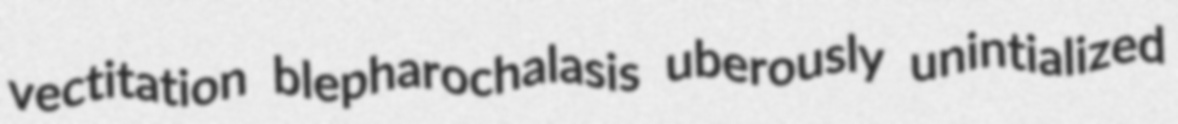
vectitation blepharochalasis uberously unintialized